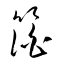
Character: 箔